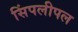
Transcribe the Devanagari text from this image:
सिंपलीपल